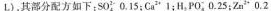
L)，其部分配方如下：SO_{4}^{2-} 0.15；Ca^{3+} 1；H_{2}PO_{4}^{-} 0.25；Zn^{2+} 0.2